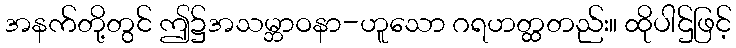
အနက်တို့တွင် ဤ၌အသမ္ဘာဝနာ-ဟူသော ဂရဟတ္ထတည်း။ ထိုပါဌ်ဖြင့်